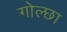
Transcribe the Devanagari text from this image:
गोल्छा